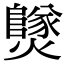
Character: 𤒮